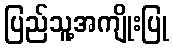
ပြည်သူ့အကျိုးပြု